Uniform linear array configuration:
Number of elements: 8
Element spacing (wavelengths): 1
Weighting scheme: exponential
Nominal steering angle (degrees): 15
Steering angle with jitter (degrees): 16.281
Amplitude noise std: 0.05
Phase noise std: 0.05

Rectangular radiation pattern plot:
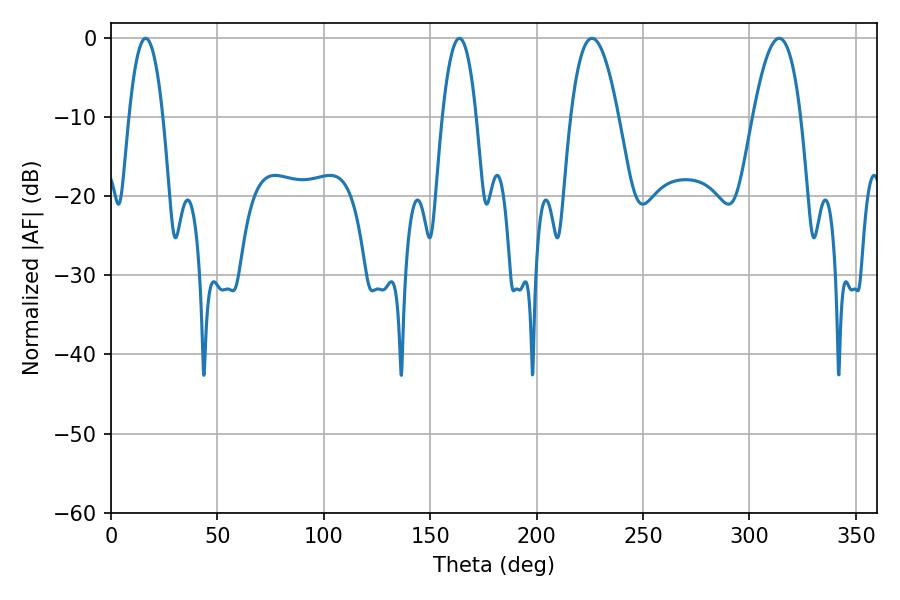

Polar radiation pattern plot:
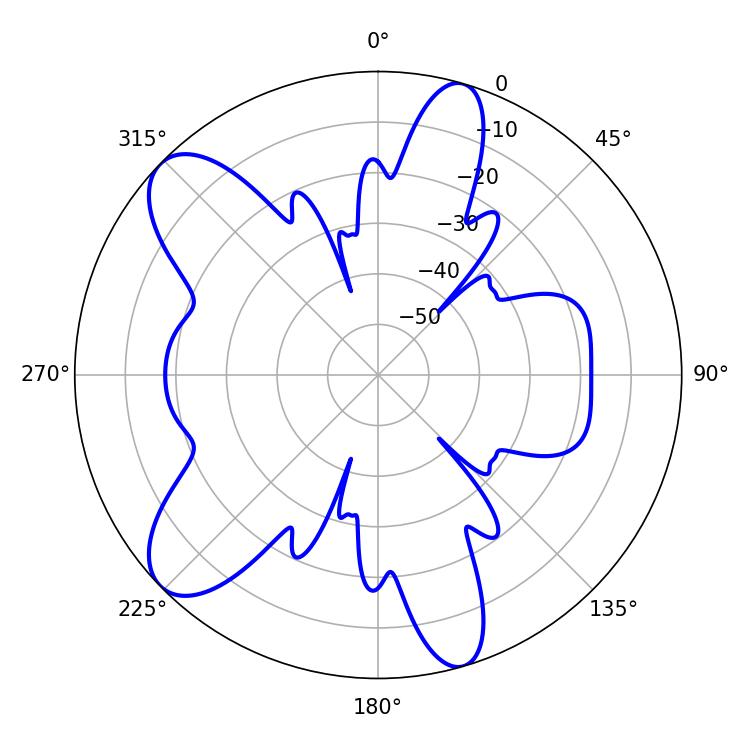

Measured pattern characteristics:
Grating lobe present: TRUE
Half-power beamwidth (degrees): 12.24
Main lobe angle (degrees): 226.08